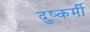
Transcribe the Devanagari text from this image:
दुष्कर्मी